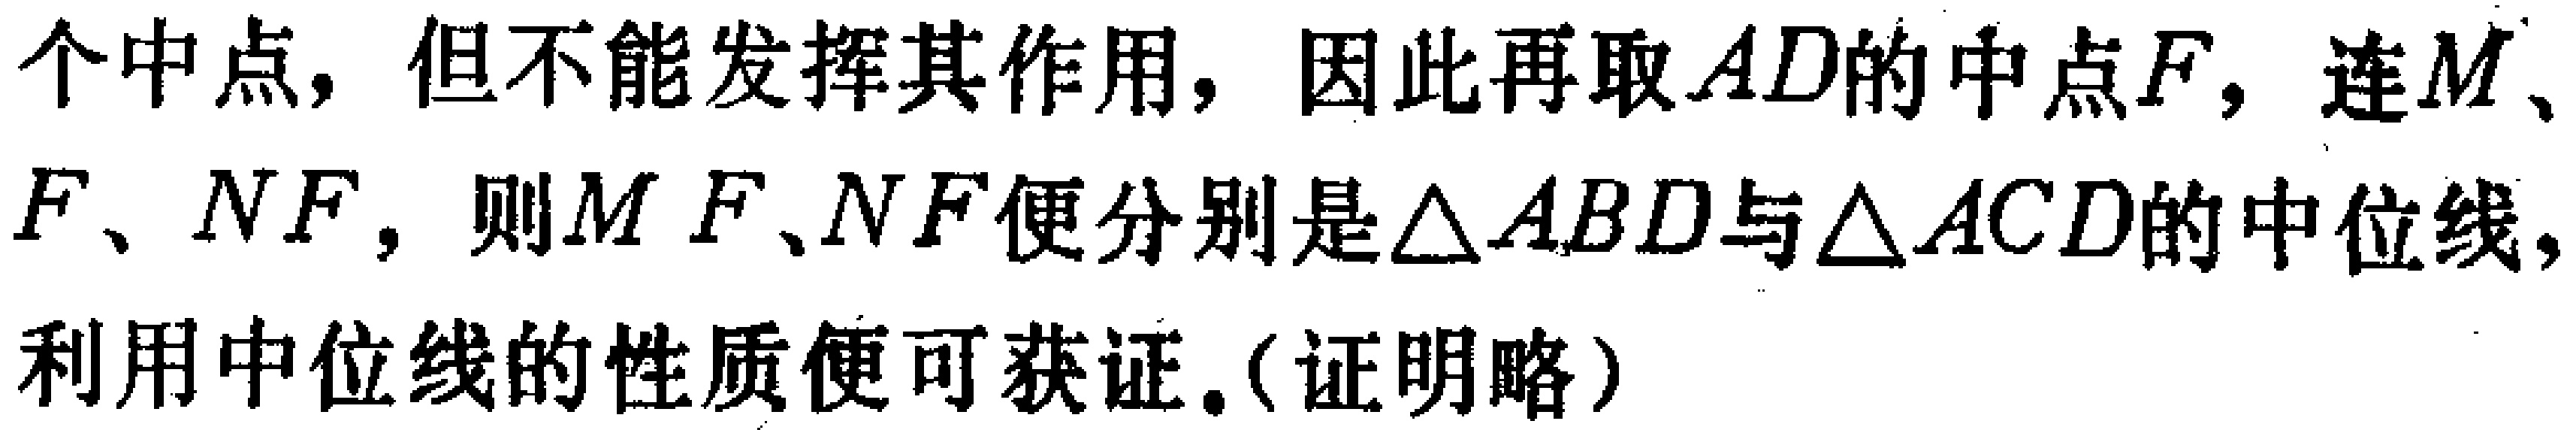
个中点，但不能发挥其作用，因此再取\(AD\)的中点\(F\)，连\(M\)、\(F\)、\(NF\)，则\(MF\)、\(NF\)便分别是\(\triangle ABD\)与\(\triangle ACD\)的中位线，利用中位线的性质便可获证.(证明略)